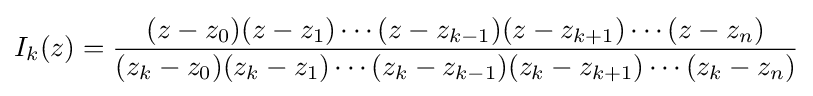
I_{k}(z)={\frac {(z-z_{0})(z-z_{1})\cdots (z-z_{k-1})(z-z_{k+1})\cdots (z-z_{n})}{(z_{k}-z_{0})(z_{k}-z_{1})\cdots (z_{k}-z_{k-1})(z_{k}-z_{k+1})\cdots (z_{k}-z_{n})}}